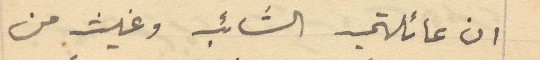
ان عائلتي الشائب وغيث من